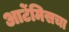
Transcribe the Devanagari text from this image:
आर्टेमिसचा